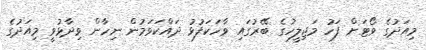
މިއަދުގެ ވޯޓަށް ފަހު މަޖިލީހުގެ ބޭރުގައި ވާހަކަފުޅު ދައްކަވަމުން ނިހާން ވިދާޅުވީ މިއަދުގެ